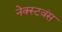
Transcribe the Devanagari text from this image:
नेक्स्टवंस